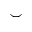
\smile